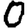
Digit: 0